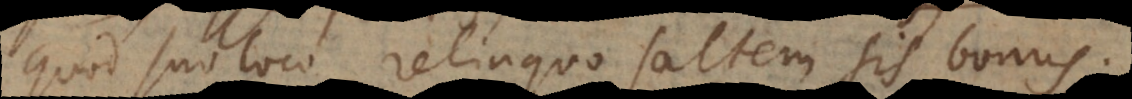
quod suo loco relinquo, saltem in hoc